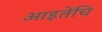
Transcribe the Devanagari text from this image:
आइतेंचि